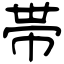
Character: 帯